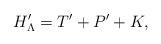
LaTeX: \begin{align*}H'_{\Lambda}=T'+P'+K,\end{align*}